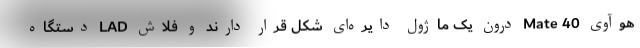
هوآوی Mate 40 درون یک ماژول دایره‌ای شکل قرار دارند و فلاش LAD دستگاه